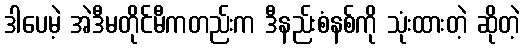
ဒါပေမဲ့ အဲဒီမတိုင်မီကတည်းက ဒီနည်းစံနစ်ကို သုံးထားတဲ့ ဆိုတဲ့